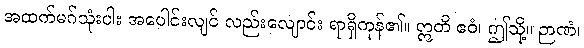
အထက်မဂ်သုံးပါး အပေါင်းလျင် လည်းလျောင်း ရာရှိကုန်၏။ ဣတိ ဧဝံ၊ ဤသို့။ ဉာဏံ၊